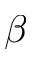
\beta